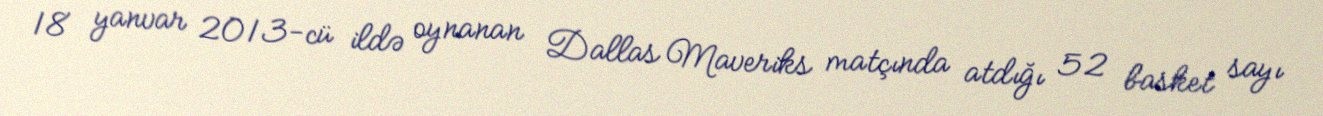
18 yanvar 2013-cü ildə oynanan Dallas Maveriks matçında atdığı 52 basket sayı